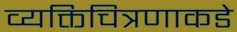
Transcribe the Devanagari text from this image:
व्यक्तिचित्रणाकडे